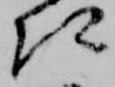
記